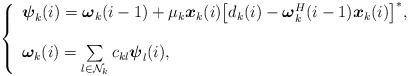
LaTeX: \begin{align*}\left\{\begin{array}{ll}{\boldsymbol \psi}_k(i)= {\boldsymbol \omega}_k(i-1)+{\mu}_k {\boldsymbol x_k(i)}\big[{d_k(i)}-{\boldsymbol \omega}_k^H(i-1){\boldsymbol x_k(i)}\big]^*,\\\ \\{\boldsymbol {\omega}}_k(i)= \sum\limits_{l\in \mathcal{N}_k} c_{kl} \boldsymbol\psi_l(i),\end{array}\right.\end{align*}